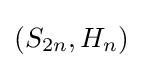
(S_{2n},H_{n})